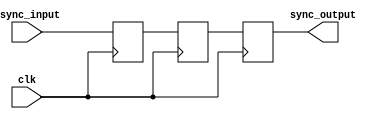
module cascade_synchronizer (
    input wire async_input,
    input wire clk,
    output wire sync_output
);

reg [2:0] flop1, flop2, flop3;

always @(posedge clk) begin
    flop1 <= async_input;
    flop2 <= flop1;
    flop3 <= flop2;
end

assign sync_output = flop3;

endmodule